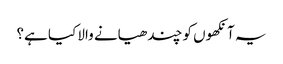
یہ آنکھوں کو چندھیانے والا کیا ہے؟